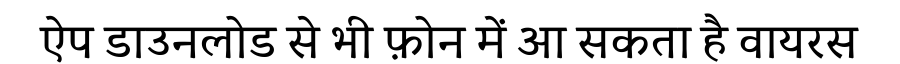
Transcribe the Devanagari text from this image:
ऐप डाउनलोड से भी फ़ोन में आ सकता है वायरस